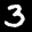
Label: 3